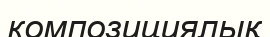
композициялық